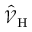
\hat { \mathcal { V } } _ { \mathrm { H } }